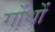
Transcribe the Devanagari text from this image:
गोंथों